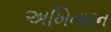
અખિનાટન